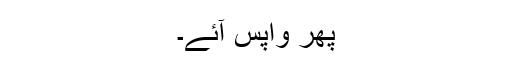
پھر واپس آئے۔